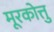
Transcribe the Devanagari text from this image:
मूरकोत्तु